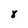
Character: 8